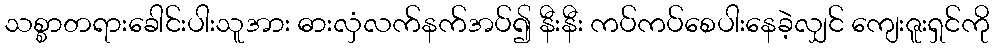
သစ္စာတရားခေါင်းပါးသူအား ဓားလှံလက်နက်အပ်၍ နီးနီး ကပ်ကပ်စေပါးနေခဲ့လျှင် ကျေးဇူးရှင်ကို